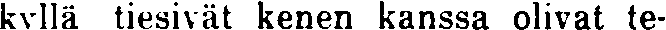
kyllä tiesivät kenen kanssa olivat te-